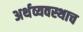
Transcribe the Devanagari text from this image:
अर्थव्यवस्थाच